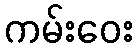
ကမ်းဝေး